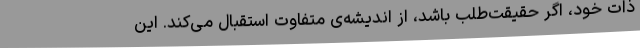
ذات خود، اگر حقیقت‌طلب باشد، از اندیشه‌ی متفاوت استقبال می‌کند. این